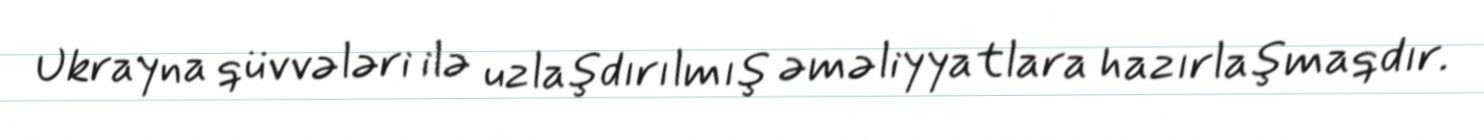
Ukrayna qüvvələri ilə uzlaşdırılmış əməliyyatlara hazırlaşmaqdır.